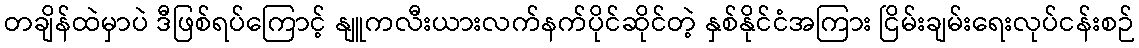
တချိန်ထဲမှာပဲ ဒီဖြစ်ရပ်ကြောင့် နျူကလီးယားလက်နက်ပိုင်ဆိုင်တဲ့ နှစ်နိုင်ငံအကြား ငြိမ်းချမ်းရေးလုပ်ငန်းစဉ်